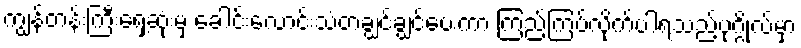
ကျွန်တန်းကြီးရှေ့ဆုံးမှ ခေါင်းလောင်းသံတချွင်ချွင်ပေးကာ ကြည့်ကြပ်လိုက်ပါရသည့်ပုဂ္ဂိုလ်မှာ